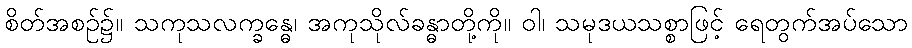
စိတ်အစဉ်၌။ သကုသလက္ခန္ဓေ၊ အကုသိုလ်ခန္ဓာတို့ကို။ ဝါ၊ သမုဒယသစ္စာဖြင့် ရေတွက်အပ်သော